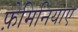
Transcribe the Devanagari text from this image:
फ़ेमिनियाए